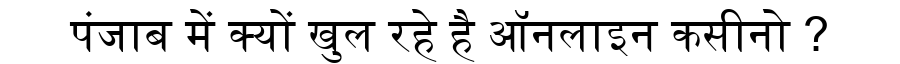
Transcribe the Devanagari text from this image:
पंजाब में क्यों खुल रहे है ऑनलाइन कसीनो ?